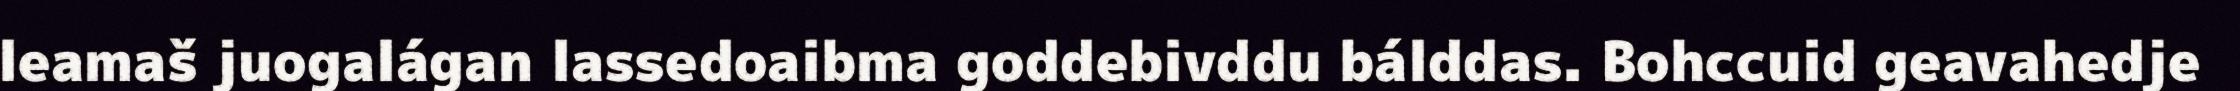
leamaš juogalágan lassedoaibma goddebivddu bálddas. Bohccuid geavahedje